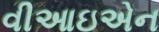
વીઆઇએન